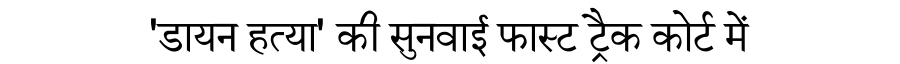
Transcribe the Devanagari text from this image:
'डायन हत्या' की सुनवाई फास्ट ट्रैक कोर्ट में